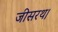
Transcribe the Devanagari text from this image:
जीसरथ।